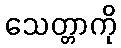
သေတ္တာကို